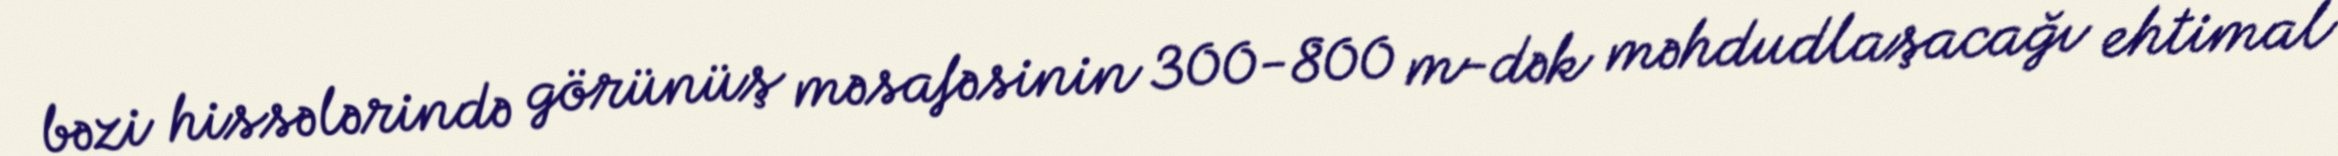
bəzi hissələrində görünüş məsafəsinin 300-800 m-dək məhdudlaşacağı ehtimal